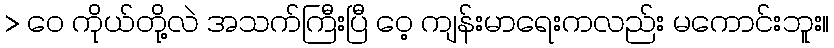
> ဝေ ကိုယ်တို့လဲ အသက်ကြီးပြီ ဝေ့ ကျန်းမာရေးကလည်း မကောင်းဘူး။